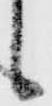
候